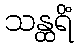
သန္ထရိံ